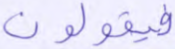
فيقولون